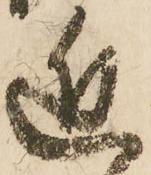
近